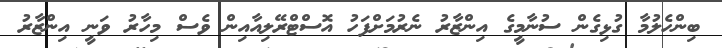
ބިންހެލުމާ ގުޅިގެން ސުނާމީގެ އިންޒާރު ނެރުމަށްފަހު އޮސްޓްރޭލިއާއިން ވެސް މިހާރު ވަނީ އިންޒާރު